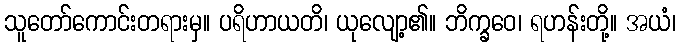
သူတော်ကောင်းတရားမှ။ ပရိဟာယတိ၊ ယုလျော့၏။ ဘိက္ခဝေ၊ ရဟန်းတို့။ အယံ၊